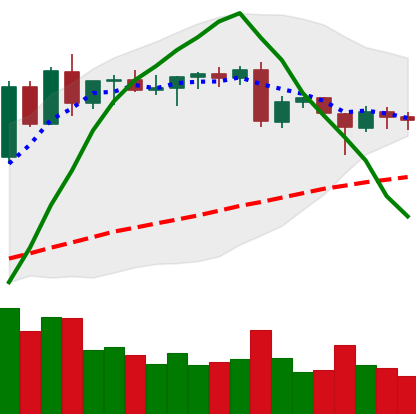
Ticker: ETH-USD
Chart end date: 2020-06-18
Forward return: 5.188%
Label: up_5_7